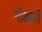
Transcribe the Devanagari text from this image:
गोभणी